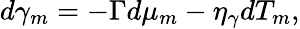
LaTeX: d\gamma_{m}=-\Gamma d\mu_{m}-\eta_{\gamma}dT_{m},